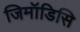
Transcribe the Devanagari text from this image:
जिमॉडिसि